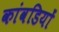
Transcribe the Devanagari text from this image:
कांवडियों